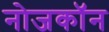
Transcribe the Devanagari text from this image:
नोजकाॅन